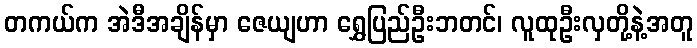
တကယ်က အဲဒီအချိန်မှာ ဇေယျဟာ ရွှေပြည်ဦးဘတင်၊ လူထုဦးလှတို့နဲ့အတူ